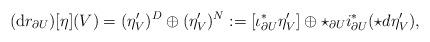
LaTeX: \begin{align*}({\rm d}r_{\partial U})[\eta](V)=(\eta_V')^D\oplus(\eta_V')^N:=[\iota_{\partial U}^* {\eta}'_V]\oplus \star_{\partial U}i^*_{\partial U}(\star d{\eta}'_V),\end{align*}